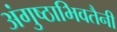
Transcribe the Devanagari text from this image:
अंगुष्ठाभिवतैनी